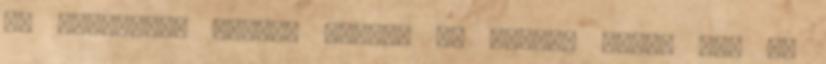
és bizonyára tejjel mézzel és mézzel folyó az, és